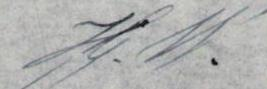
Hj. W.